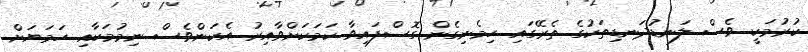
ކުރުމަކީ ވެސް ލަނޑުދަނޑިތަކުގެ ތެރޭގައި ހިމެނިގެން ގޮސްފައިވާ ކަމަކަށްވާއިރު އެކަންވެސް ނިމުމަކާއި ހަމަޔަށް